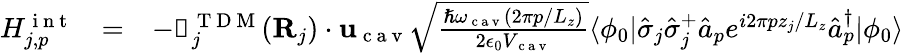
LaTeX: \begin{array}{ccl}{H_{j,p}^{\mathrm{~i~n~t~}}}&{=}&{-{\boldsymbol{\upmu}}_{j}^{\mathrm{~T~D~M~}}({\mathbf{R}}_{j})\cdot{\mathbf{u}}_{\mathrm{~c~a~v~}}\sqrt{\frac{\hslash\omega_{\mathrm{~c~a~v~}}(2\pi p/L_{z})}{2\epsilon_{0}V_{\mathrm{~c~a~v~}}}}\langle\phi_{0}|\hat{\sigma}_{j}\hat{\sigma}_{j}^{+}\hat{a}_{p}e^{i2\pi pz_{j}/L_{z}}\hat{a}_{p}^{\dagger}|\phi_{0}\rangle}\end{array}